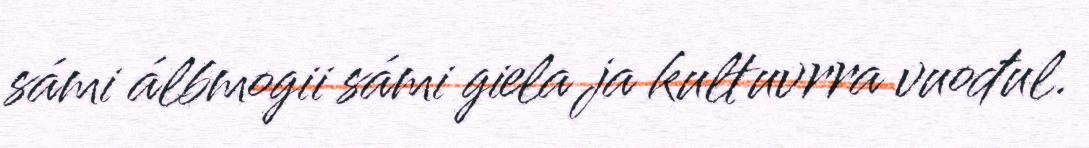
sámi álbmogii sámi giela ja kultuvrra vuođul.